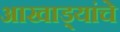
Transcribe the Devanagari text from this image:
आखाड्यांचे